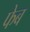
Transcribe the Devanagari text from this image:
फेब